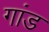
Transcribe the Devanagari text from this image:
गांड